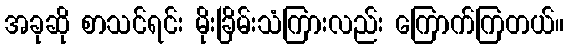
အခုဆို စာသင်ရင်း မိုးခြိမ်းသံကြားလည်း ကြောက်ကြတယ်။